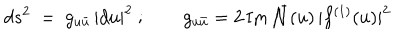
d s ^ { 2 } ~ = ~ g _ { u { \bar { u } } } \, | d u | ^ { 2 } \ ; \qquad g _ { u { \bar { u } } } = 2 \, \mathrm { I m } \, { \bar { \cal N } } ( u ) \, | f ^ { ( 1 ) } ( u ) | ^ { 2 } \,